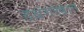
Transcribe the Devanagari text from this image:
दबंगखान